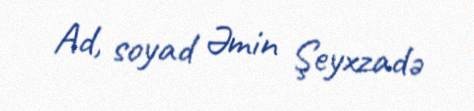
Ad, soyad Əmin Şeyxzadə